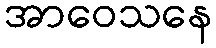
အာဝေသနေ